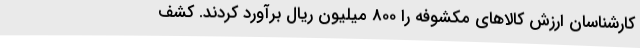
کارشناسان ارزش کالاهای مکشوفه را 800 میلیون ریال برآورد کردند. کشف